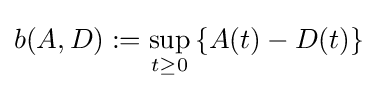
b(A,D):=\sup _{t\geq 0}\left\{A(t)-D(t)\right\}